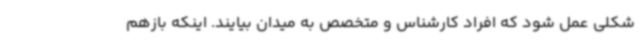
شکلی عمل شود که افراد کارشناس و متخصص به میدان بیایند. اینکه بازهم